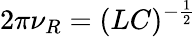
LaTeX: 2\pi\nu_{R}=(LC)^{-\frac{1}{2}}